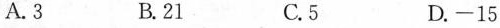
A.3 B.21 C.5 D.-15